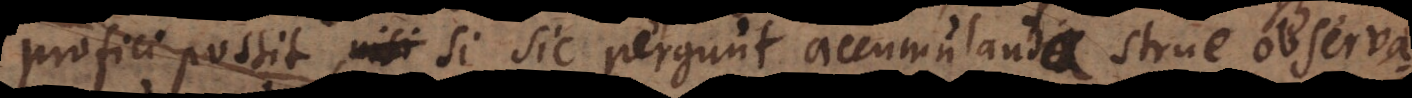
profici possit, si sic pergunt accumulanda strue observat